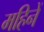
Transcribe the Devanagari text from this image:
महिनें